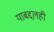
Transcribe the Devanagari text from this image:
याबद्दलही